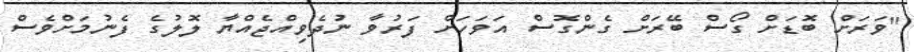
"ވަރަށް ބޮޑަށް ގޯސް ބޭރަށް ގެންގޮސް އަވަހަށް ފަރުވާ ނުދެވިއްޖެއްޔާ ލޮލުގެ ފެނުމަށްވެސް